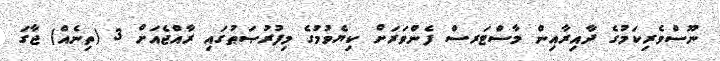
ނޫސްވެރިކަމުގެ ދާއިރާއިން މާސްޓަރސް ފެންވަރަށް ކިޔެވުމުގެ މިފުރުޞަޠުގައި ރާއްޖެއަށް 3 (ތިނެއް) ޖާގަ